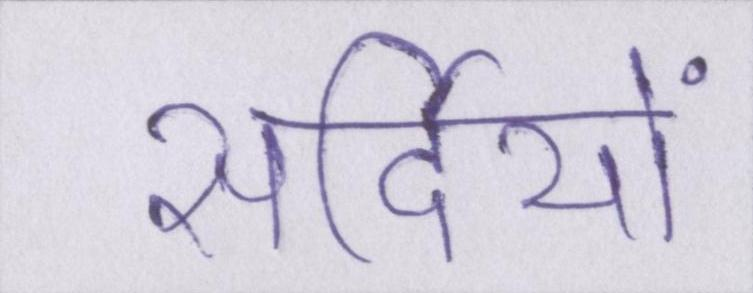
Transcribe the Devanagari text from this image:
सर्दियों